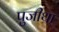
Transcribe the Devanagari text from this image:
पुजीथा